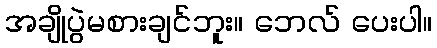
အချိုပွဲမစားချင်ဘူး။ ဘေလ် ပေးပါ။